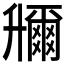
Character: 𠧌